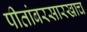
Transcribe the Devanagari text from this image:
पीतांबरसारखाच